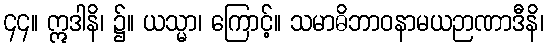
၄၄။ ဣဒါနိ၊ ၌။ ယသ္မာ၊ ကြောင့်။ သမာဓိဘာဝနာမယဉာဏာဒီနိ၊